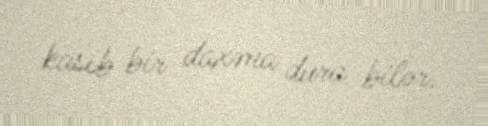
kasıb bir daxma dura bilər.